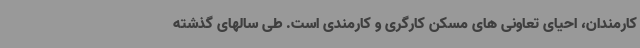
کارمندان، احیای تعاونی های مسکن کارگری و کارمندی است. طی سالهای گذشته